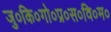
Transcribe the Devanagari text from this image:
जु०कि०गो०प्र०स०वि०म०